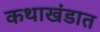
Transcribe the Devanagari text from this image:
कथाखंडात